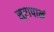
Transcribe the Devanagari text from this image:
सुरापानं